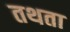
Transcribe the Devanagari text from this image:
तथता